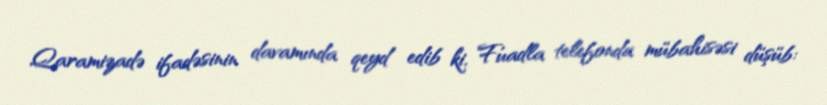
Qaramizadə ifadəsinin davamında qeyd edib ki, Fuadla telefonda mübahisəsi düşüb: